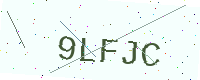
Text: 9LFJC